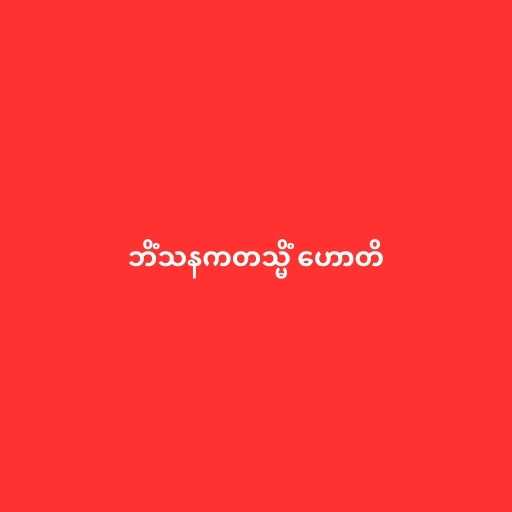
ဘိံသနကတသ္မိံ ဟောတိ